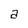
Character: a